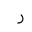
Letter: _ra